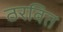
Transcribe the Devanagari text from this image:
ठरवित